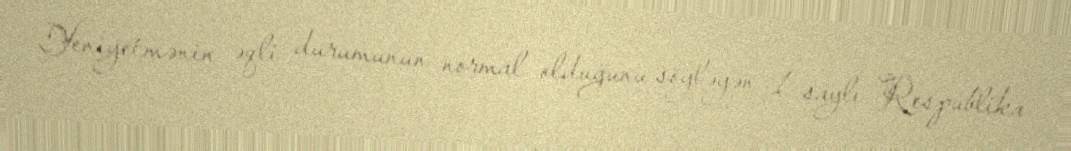
Yeniyetmənin əqli durumunun normal olduğunu söyləyən 1 saylı Respublika